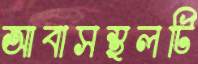
আবাসস্থলটি